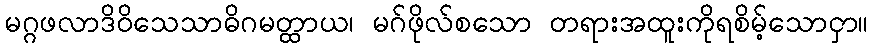
မဂ္ဂဖလာဒိဝိသေသာဓိဂမတ္ထာယ၊ မဂ်ဖိုလ်စသော တရားအထူးကိုရစိမ့်သောငှာ။